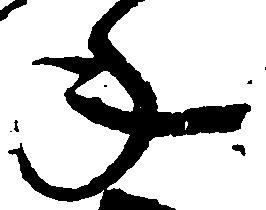
年